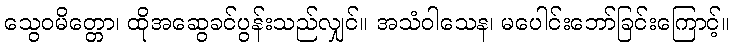
သွေဝမိတ္တော၊ ထိုအဆွေခင်ပွန်းသည်လျှင်။ အသံဝါသေန၊ မပေါင်းဘော်ခြင်းကြောင့်။